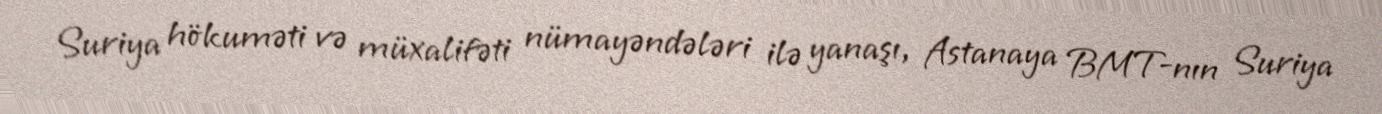
Suriya hökuməti və müxalifəti nümayəndələri ilə yanaşı, Astanaya BMT-nın Suriya